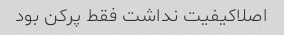
اصلاکیفیت نداشت فقط پرکن بود